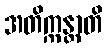
အတိက္ကန္တာတိ